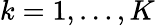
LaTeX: k=1,\ldots,K